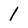
Character: 1